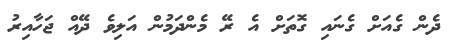
ދެން ގެއަށް ގެނައި ގޮތަށް އެ ރޭ މެންދަމުން އަލިވެ ދޭއް ޖަހާއިރު